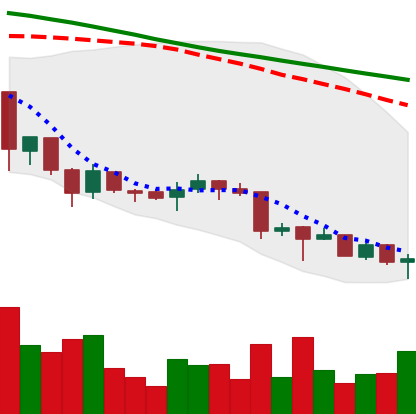
Ticker: XRP-USD
Chart end date: 2018-06-29
Forward return: 8.158%
Label: up_7plus